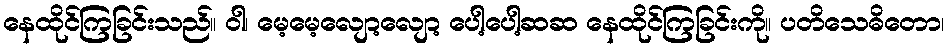
နေထိုင်ကြခြင်းသည်။ ဝါ၊ မေ့မေ့လျော့လျော့ ပေါ့ပေါ့ဆဆ နေထိုင်ကြခြင်းကို။ ပတိသေဓိတော၊